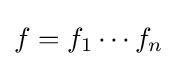
f=f_{1}\cdots f_{n}